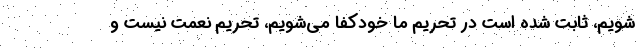
‌شویم، ثابت شده است در تحریم ما خودکفا می‌شویم، تحریم نعمت نیست و